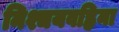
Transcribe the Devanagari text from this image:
निश्चयवह्निना